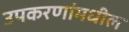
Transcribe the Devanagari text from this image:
उपकरणांमधील